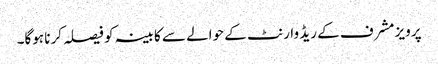
پرویز مشرف کے ریڈ وارنٹ کے حوالے سے کابینہ کو فیصلہ کرنا ہوگا۔